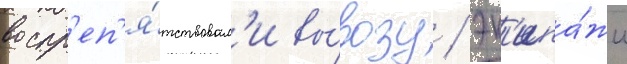
воспр'еп'я́тствовал'и вы́возу / эк'ипа́жи